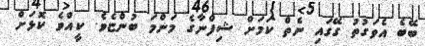
ބޭބެ އެވަގުތު ގޭގައި ނެތް ކަމަށް ޝިފްނާގެ މަންމަ ބުުުންޏެވެ. ކީއްވެ ކޮޅަށް